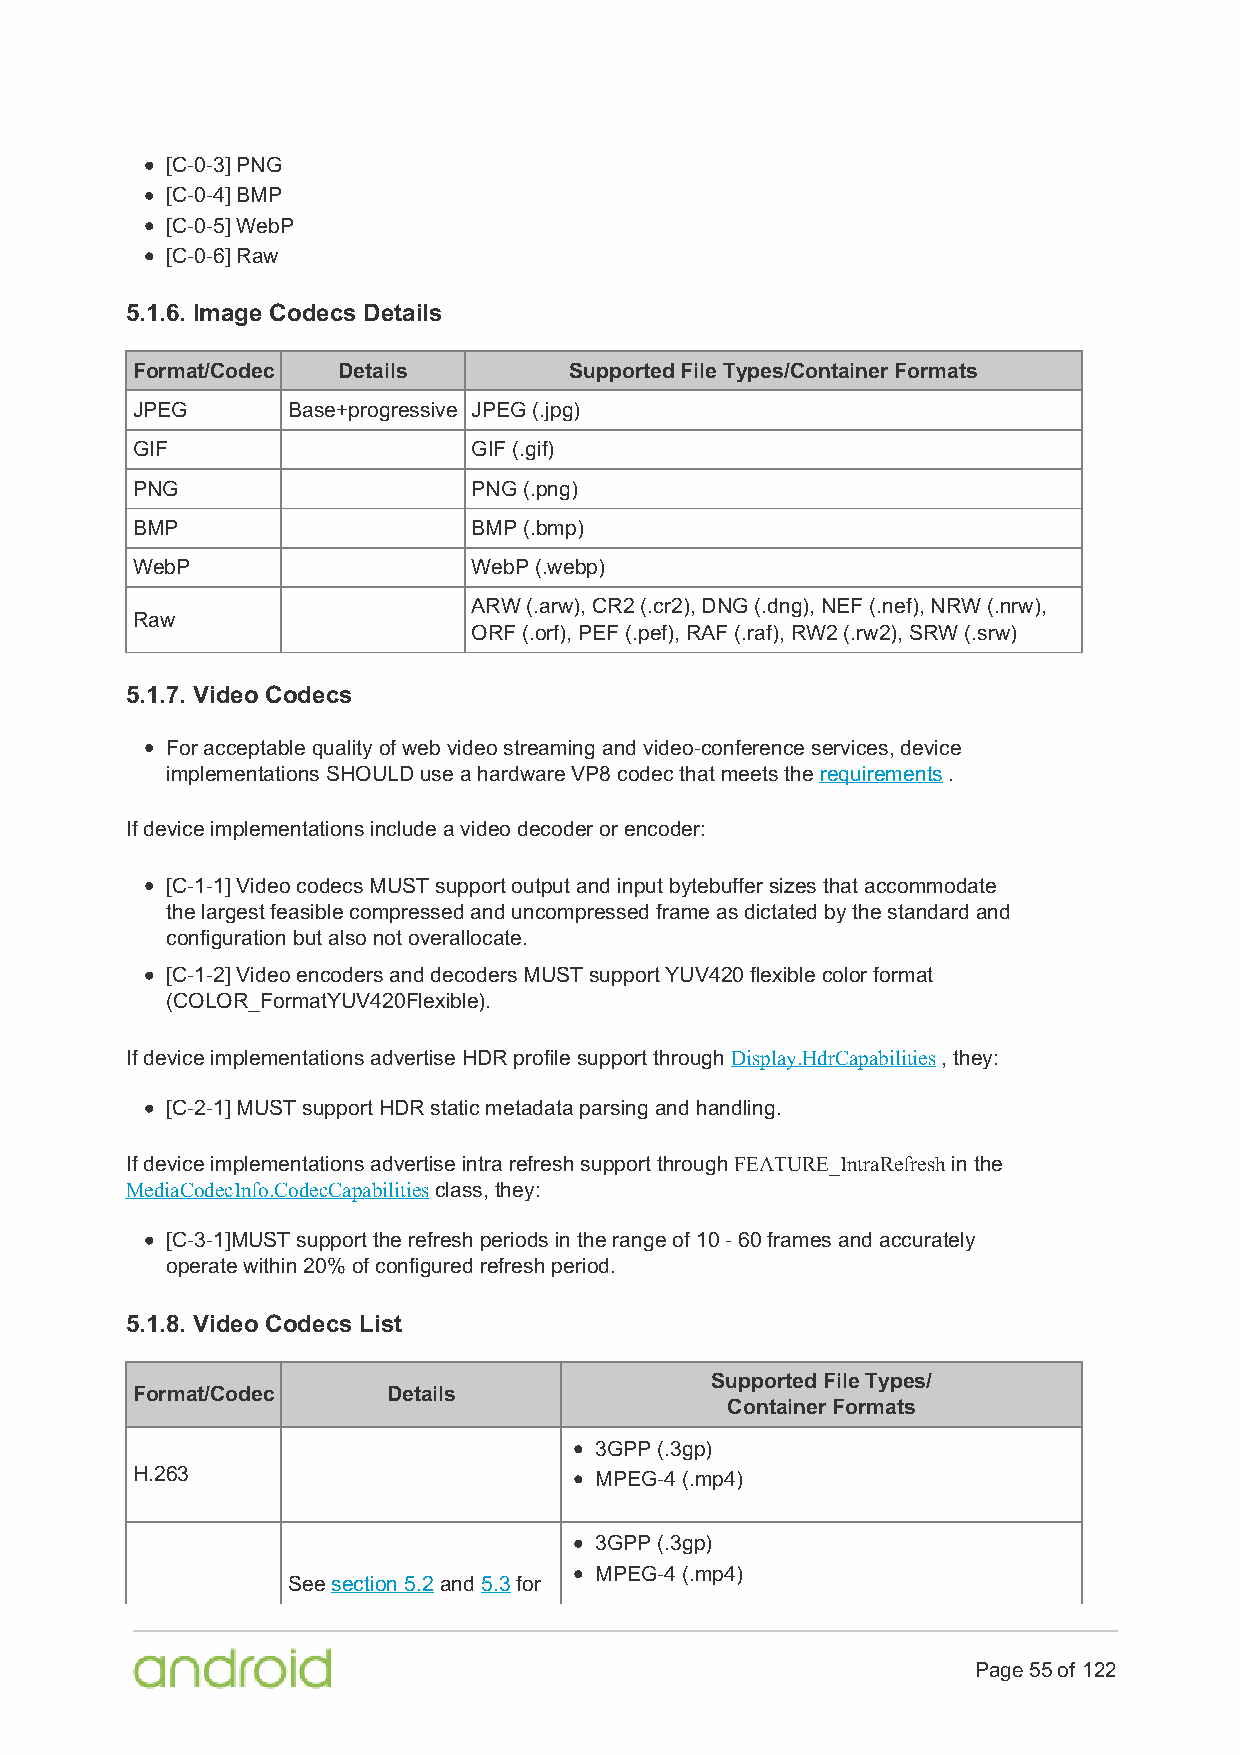
[C-0-3] PNG
 [C-0-4] BMP
 [C-0-5] WebP
 [C-0-6] Raw
 5.1.6. Image Codecs Details
 Format/Codec Details         Supported File Types/Container Formats
 JPEG      Base+progressive JPEG (.jpg)
 GIF                   GIF (.gif)
 PNG                   PNG (.png)
 BMP                   BMP (.bmp)
 WebP                  WebP (.webp)
 ARW (.arw), CR2 (.cr2), DNG (.dng), NEF (.nef), NRW (.nrw),
 Raw
 ORF (.orf), PEF (.pef), RAF (.raf), RW2 (.rw2), SRW (.srw)
 5.1.7. Video Codecs
 For acceptable quality of web video streaming and video-conference services, device
 implementations SHOULD use a hardware VP8 codec that meets the requirements .
 If device implementations include a video decoder or encoder:
 [C-1-1] Video codecs MUST support output and input bytebuffer sizes that accommodate
 the largest feasible compressed and uncompressed frame as dictated by the standard and
 configuration but also not overallocate.
 [C-1-2] Video encoders and decoders MUST support YUV420 flexible color format
 (COLOR_FormatYUV420Flexible).
 If device implementations advertise HDR profile support through Display.HdrCapabilities , they:
 [C-2-1] MUST support HDR static metadata parsing and handling.
 If device implementations advertise intra refresh support through FEATURE_IntraRefresh in the
 MediaCodecInfo.CodecCapabilities class, they:
 [C-3-1]MUST support the refresh periods in the range of 10 - 60 frames and accurately
 operate within 20% of configured refresh period.
 5.1.8. Video Codecs List
 Supported File Types/
 Format/Codec     Details
 Container Formats
 3GPP (.3gp)
 H.263                         MPEG-4 (.mp4)
 3GPP (.3gp)
 MPEG-4 (.mp4)
 See section 5.2 and 5.3 for
 Page 55 of 122